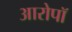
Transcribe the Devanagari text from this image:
आरोपॉ